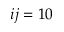
i j = 1 0